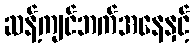
ဆန့်ကျင်ဘက်အနေနှင့်